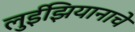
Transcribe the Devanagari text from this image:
लुईझियानाचे